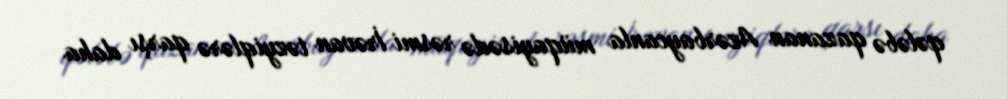
qələbə qazanan Azərbaycanla müqayisədə rəsmi İrəvan təzyiqlərə qarşı daha